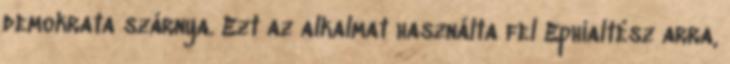
demokrata szárnya. Ezt az alkalmat használta fel Ephialtész arra,